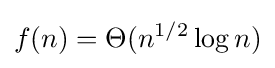
f(n)=\Theta (n^{1/2}\log n)